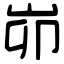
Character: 峁